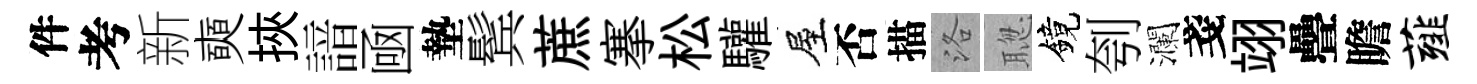
件考新奭挾諳凾墊鬂蔗搴松驩屋否描洛聦鏡刳瀾戔翊疊瞻薤